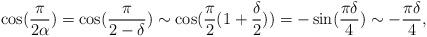
LaTeX: \begin{align*}\cos(\frac{\pi}{2\alpha})=\cos(\frac{\pi}{2-\delta})\sim \cos(\frac{\pi}{2}(1+\frac{\delta}{2}))=-\sin(\frac{\pi\delta}{4})\sim -\frac{\pi\delta}{4},\end{align*}